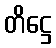
တိဋ္ဌေ